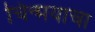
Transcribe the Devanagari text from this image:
चिन्मयाचा